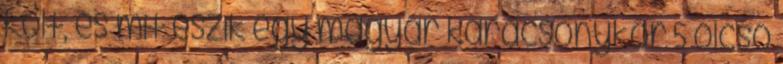
költ, és mit eszik egy magyar karácsonykor 5 olcsó